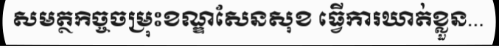
សមត្ថកិច្ចចម្រុះខណ្ឌសែនសុខ ធ្វើការឃាត់ខ្លួន...